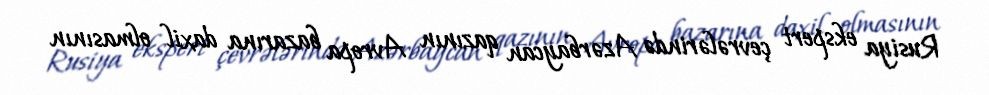
Rusiya ekspert çevrələrində Azərbaycan qazının Avropa bazarına daxil olmasının